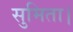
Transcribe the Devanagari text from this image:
सुमिता।